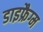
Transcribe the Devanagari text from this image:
डाइफ्रैग्म